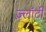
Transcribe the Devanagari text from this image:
ज़्लॉटी